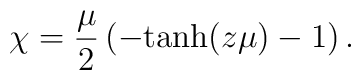
\chi =  {\mu \over 2} \left (-{\rm tanh}(z\mu) - 1\right ).